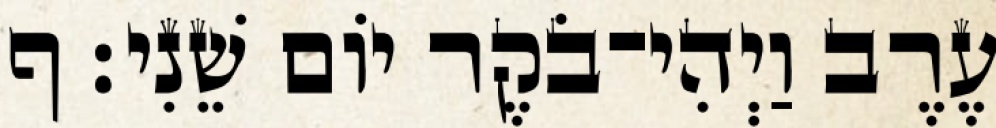
עֶרֶב וַיְהִי־בֹקֶר יֹום שֵׁנִי׃ ף